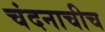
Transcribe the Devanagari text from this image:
चंदनाचीच